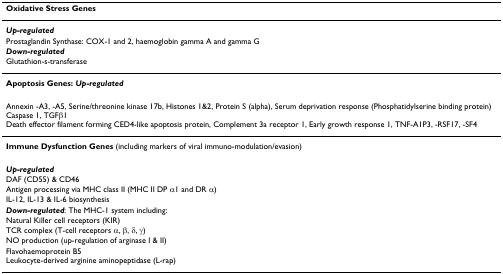
<table><thead><tr><td><b>Oxidative Stress Genes</b></td></tr></thead><tbody><tr><td><b><i>Up-regulated</i></b></td></tr><tr><td>Prostaglandin Synthase: COX-1 and 2, haemoglobin gamma A and gamma G</td></tr><tr><td><b><i>Down-regulated</i></b></td></tr><tr><td>Glutathion-s-transferase</td></tr><tr><td><b>Apoptosis Genes: <i>Up-regulated</i></b></td></tr><tr><td>Annexin -A3, -A5, Serine/threonine kinase 17b, Histones 1&amp;2, Protein S (alpha), Serum deprivation response (Phosphatidylserine binding protein)Caspase 1, TGFβ1Death effector filament forming CED4-like apoptosis protein, Complement 3a receptor 1, Early growth response 1, TNF-A1P3, -RSF17, -SF4</td></tr><tr><td><b>Immune Dysfunction Genes </b>(including markers of viral immuno-modulation/evasion)</td></tr><tr><td><b><i>Up-regulated</i></b></td></tr><tr><td>DAF (CD55) &amp; CD46</td></tr><tr><td>Antigen processing via MHC class II (MHC II DP α1 and DR α)</td></tr><tr><td>IL-12, IL-13 &amp; IL-6 biosynthesis</td></tr><tr><td><b><i>Down-regulated</i></b>: The MHC-1 system including:</td></tr><tr><td>Natural Killer cell receptors (KIR)</td></tr><tr><td>TCR complex (T-cell receptors α, β, δ, γ)</td></tr><tr><td>NO production (up-regulation of arginase I &amp; II)</td></tr><tr><td>Flavohaemoprotein B5Leukocyte-derived arginine aminopeptidase (L-rap)</td></tr></tbody></table>